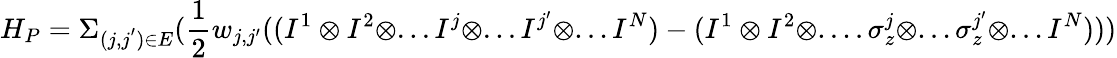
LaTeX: H_{P}=\Sigma_{(j,j^{'})\in E}(\frac{1}{2}w_{j,j^{\prime}}((I^{1}\otimes I^{2}\otimes...I^{j}\otimes...I^{j^{\prime}}\otimes...I^{N})-(I^{1}\otimes I^{2}\otimes....\sigma_{z}^{j}\otimes...\sigma_{z}^{j^{\prime}}\otimes...I^{N})))